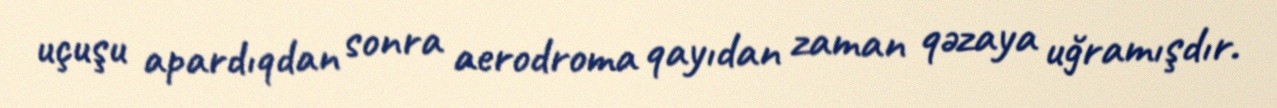
uçuşu apardıqdan sonra aerodroma qayıdan zaman qəzaya uğramışdır.